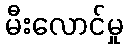
မီးလောင်မှု